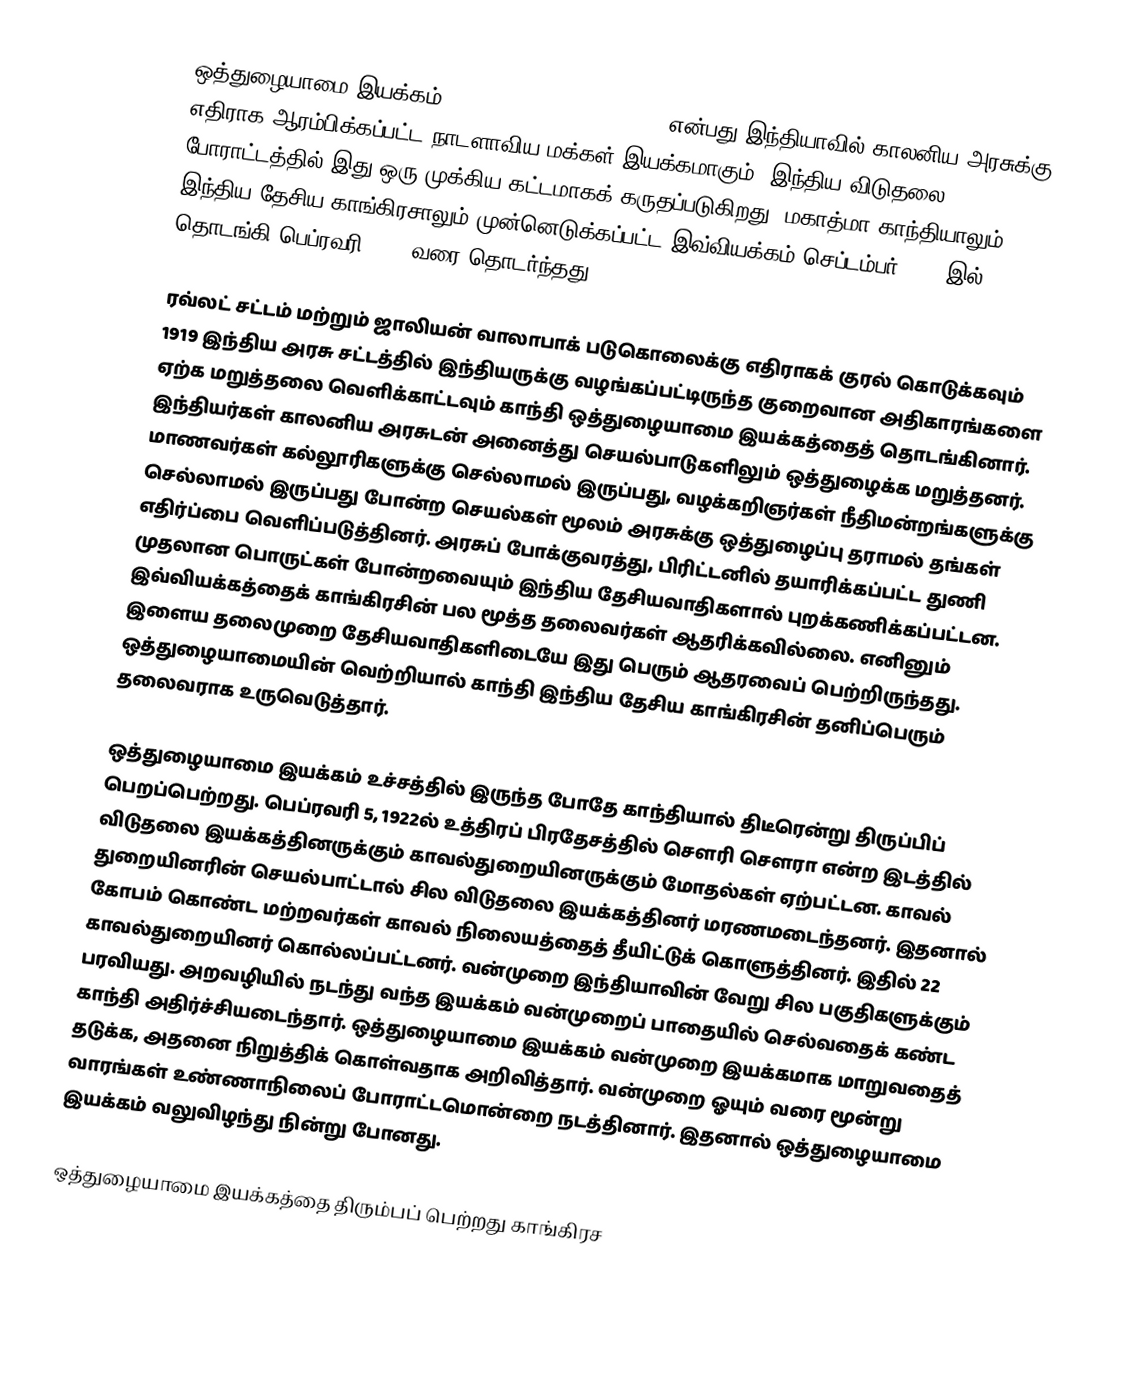
ஒத்துழையாமை இயக்கம் (Non-cooperation movement) என்பது  இந்தியாவில் காலனிய அரசுக்கு எதிராக ஆரம்பிக்கப்பட்ட நாடளாவிய மக்கள் இயக்கமாகும். இந்திய விடுதலை போராட்டத்தில் இது ஒரு முக்கிய கட்டமாகக் கருதப்படுகிறது. மகாத்மா காந்தியாலும் இந்திய தேசிய காங்கிரசாலும் முன்னெடுக்கப்பட்ட இவ்வியக்கம் செப்டம்பர் 1920 இல் தொடங்கி பெப்ரவரி 1922 வரை தொடர்ந்தது.

ரவ்லட் சட்டம் மற்றும் ஜாலியன் வாலாபாக் படுகொலைக்கு  எதிராகக் குரல் கொடுக்கவும்  1919 இந்திய அரசு சட்டத்தில் இந்தியருக்கு வழங்கப்பட்டிருந்த குறைவான அதிகாரங்களை ஏற்க மறுத்தலை வெளிக்காட்டவும் காந்தி ஒத்துழையாமை இயக்கத்தைத் தொடங்கினார். இந்தியர்கள் காலனிய அரசுடன் அனைத்து செயல்பாடுகளிலும் ஒத்துழைக்க மறுத்தனர். மாணவர்கள் கல்லூரிகளுக்கு செல்லாமல் இருப்பது, வழக்கறிஞர்கள் நீதிமன்றங்களுக்கு செல்லாமல் இருப்பது போன்ற செயல்கள் மூலம் அரசுக்கு ஒத்துழைப்பு தராமல் தங்கள் எதிர்ப்பை வெளிப்படுத்தினர். அரசுப் போக்குவரத்து, பிரிட்டனில் தயாரிக்கப்பட்ட துணி முதலான பொருட்கள் போன்றவையும் இந்திய தேசியவாதிகளால் புறக்கணிக்கப்பட்டன. இவ்வியக்கத்தைக் காங்கிரசின் பல மூத்த தலைவர்கள் ஆதரிக்கவில்லை. எனினும் இளைய தலைமுறை தேசியவாதிகளிடையே இது பெரும் ஆதரவைப் பெற்றிருந்தது. ஒத்துழையாமையின் வெற்றியால் காந்தி இந்திய தேசிய காங்கிரசின் தனிப்பெரும் தலைவராக உருவெடுத்தார்.

ஒத்துழையாமை இயக்கம் உச்சத்தில் இருந்த போதே காந்தியால் திடீரென்று திருப்பிப் பெறப்பெற்றது. பெப்ரவரி 5, 1922ல் உத்திரப் பிரதேசத்தில் சௌரி சௌரா என்ற இடத்தில் விடுதலை இயக்கத்தினருக்கும் காவல்துறையினருக்கும் மோதல்கள் ஏற்பட்டன. காவல் துறையினரின் செயல்பாட்டால் சில விடுதலை இயக்கத்தினர் மரணமடைந்தனர். இதனால் கோபம் கொண்ட மற்றவர்கள் காவல் நிலையத்தைத் தீயிட்டுக் கொளுத்தினர். இதில் 22 காவல்துறையினர் கொல்லப்பட்டனர். வன்முறை இந்தியாவின் வேறு சில பகுதிகளுக்கும் பரவியது. அறவழியில் நடந்து வந்த இயக்கம் வன்முறைப் பாதையில் செல்வதைக் கண்ட காந்தி அதிர்ச்சியடைந்தார். ஒத்துழையாமை இயக்கம் வன்முறை இயக்கமாக மாறுவதைத் தடுக்க, அதனை நிறுத்திக் கொள்வதாக அறிவித்தார். வன்முறை ஓயும் வரை மூன்று வாரங்கள் உண்ணாநிலைப் போராட்டமொன்றை நடத்தினார். இதனால் ஒத்துழையாமை இயக்கம் வலுவிழந்து நின்று போனது.

ஒத்துழையாமை இயக்கத்தை திரும்பப் பெற்றது காங்கிரச